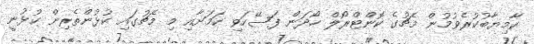
ކާމިޔާބުކުރެވުމުން މެޗުގެ ކޮންޓްރޯލް ހޯދަން ފަސޭހަވި ކަމަށާއި މި މެޗުގައި ކުޅުންތެރިން ކުޅުނީ